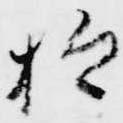
抑